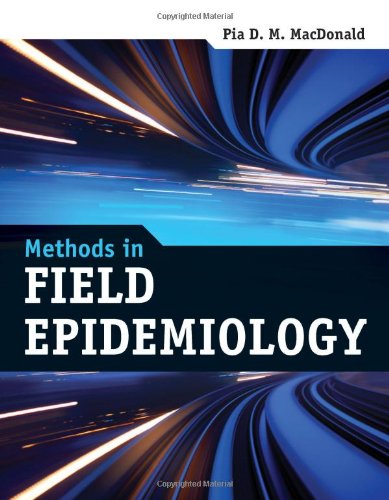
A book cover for Methods In Field Epidemiology; Pia D. M. MacDonald; Politics & Social Sciences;